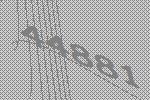
44881